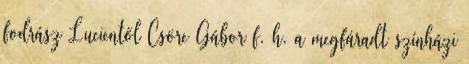
fodrász Lucientől Csöre Gábor f. h. a megfáradt színházi